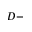
D -